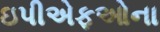
ઇપીએફઓના